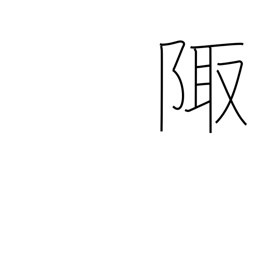
Meaning: corner